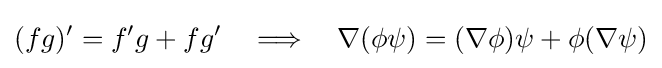
(fg)'=f'g+fg'~~~\Longrightarrow ~~~\nabla (\phi \psi )=(\nabla \phi )\psi +\phi (\nabla \psi )